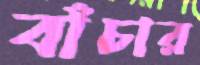
বাঁচার